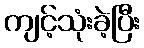
ကျင့်သုံးခဲ့ပြီး